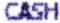
CASH